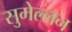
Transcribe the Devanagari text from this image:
सुमेल्लन